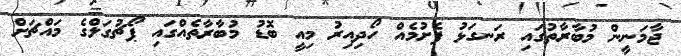
ޖާމަނީން މުބާރާތުގައި ރަނގަޅު ފެށުމެއް ހޯދިއިރު މިއީ ބޮޑު މުބާރާތެއްގައި ޕޯޗުގަލްގެ މައްޗަށް